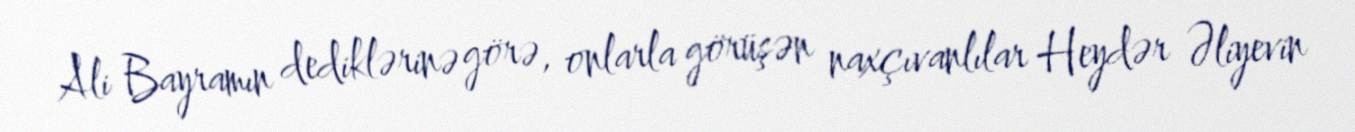
Ali Bayramın dediklərinə görə, onlarla görüşən naxçıvanlılar Heydər Əliyevin